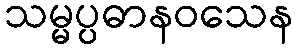
သမ္မပ္ပဓာနဝသေန